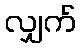
လျှက်